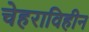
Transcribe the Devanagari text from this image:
चेहराविहीन